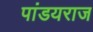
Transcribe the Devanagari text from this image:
पांडयराज